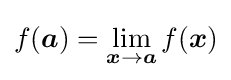
f({\boldsymbol {a}})=\lim _{{\boldsymbol {x}}\to {\boldsymbol {a}}}f({\boldsymbol {x}})